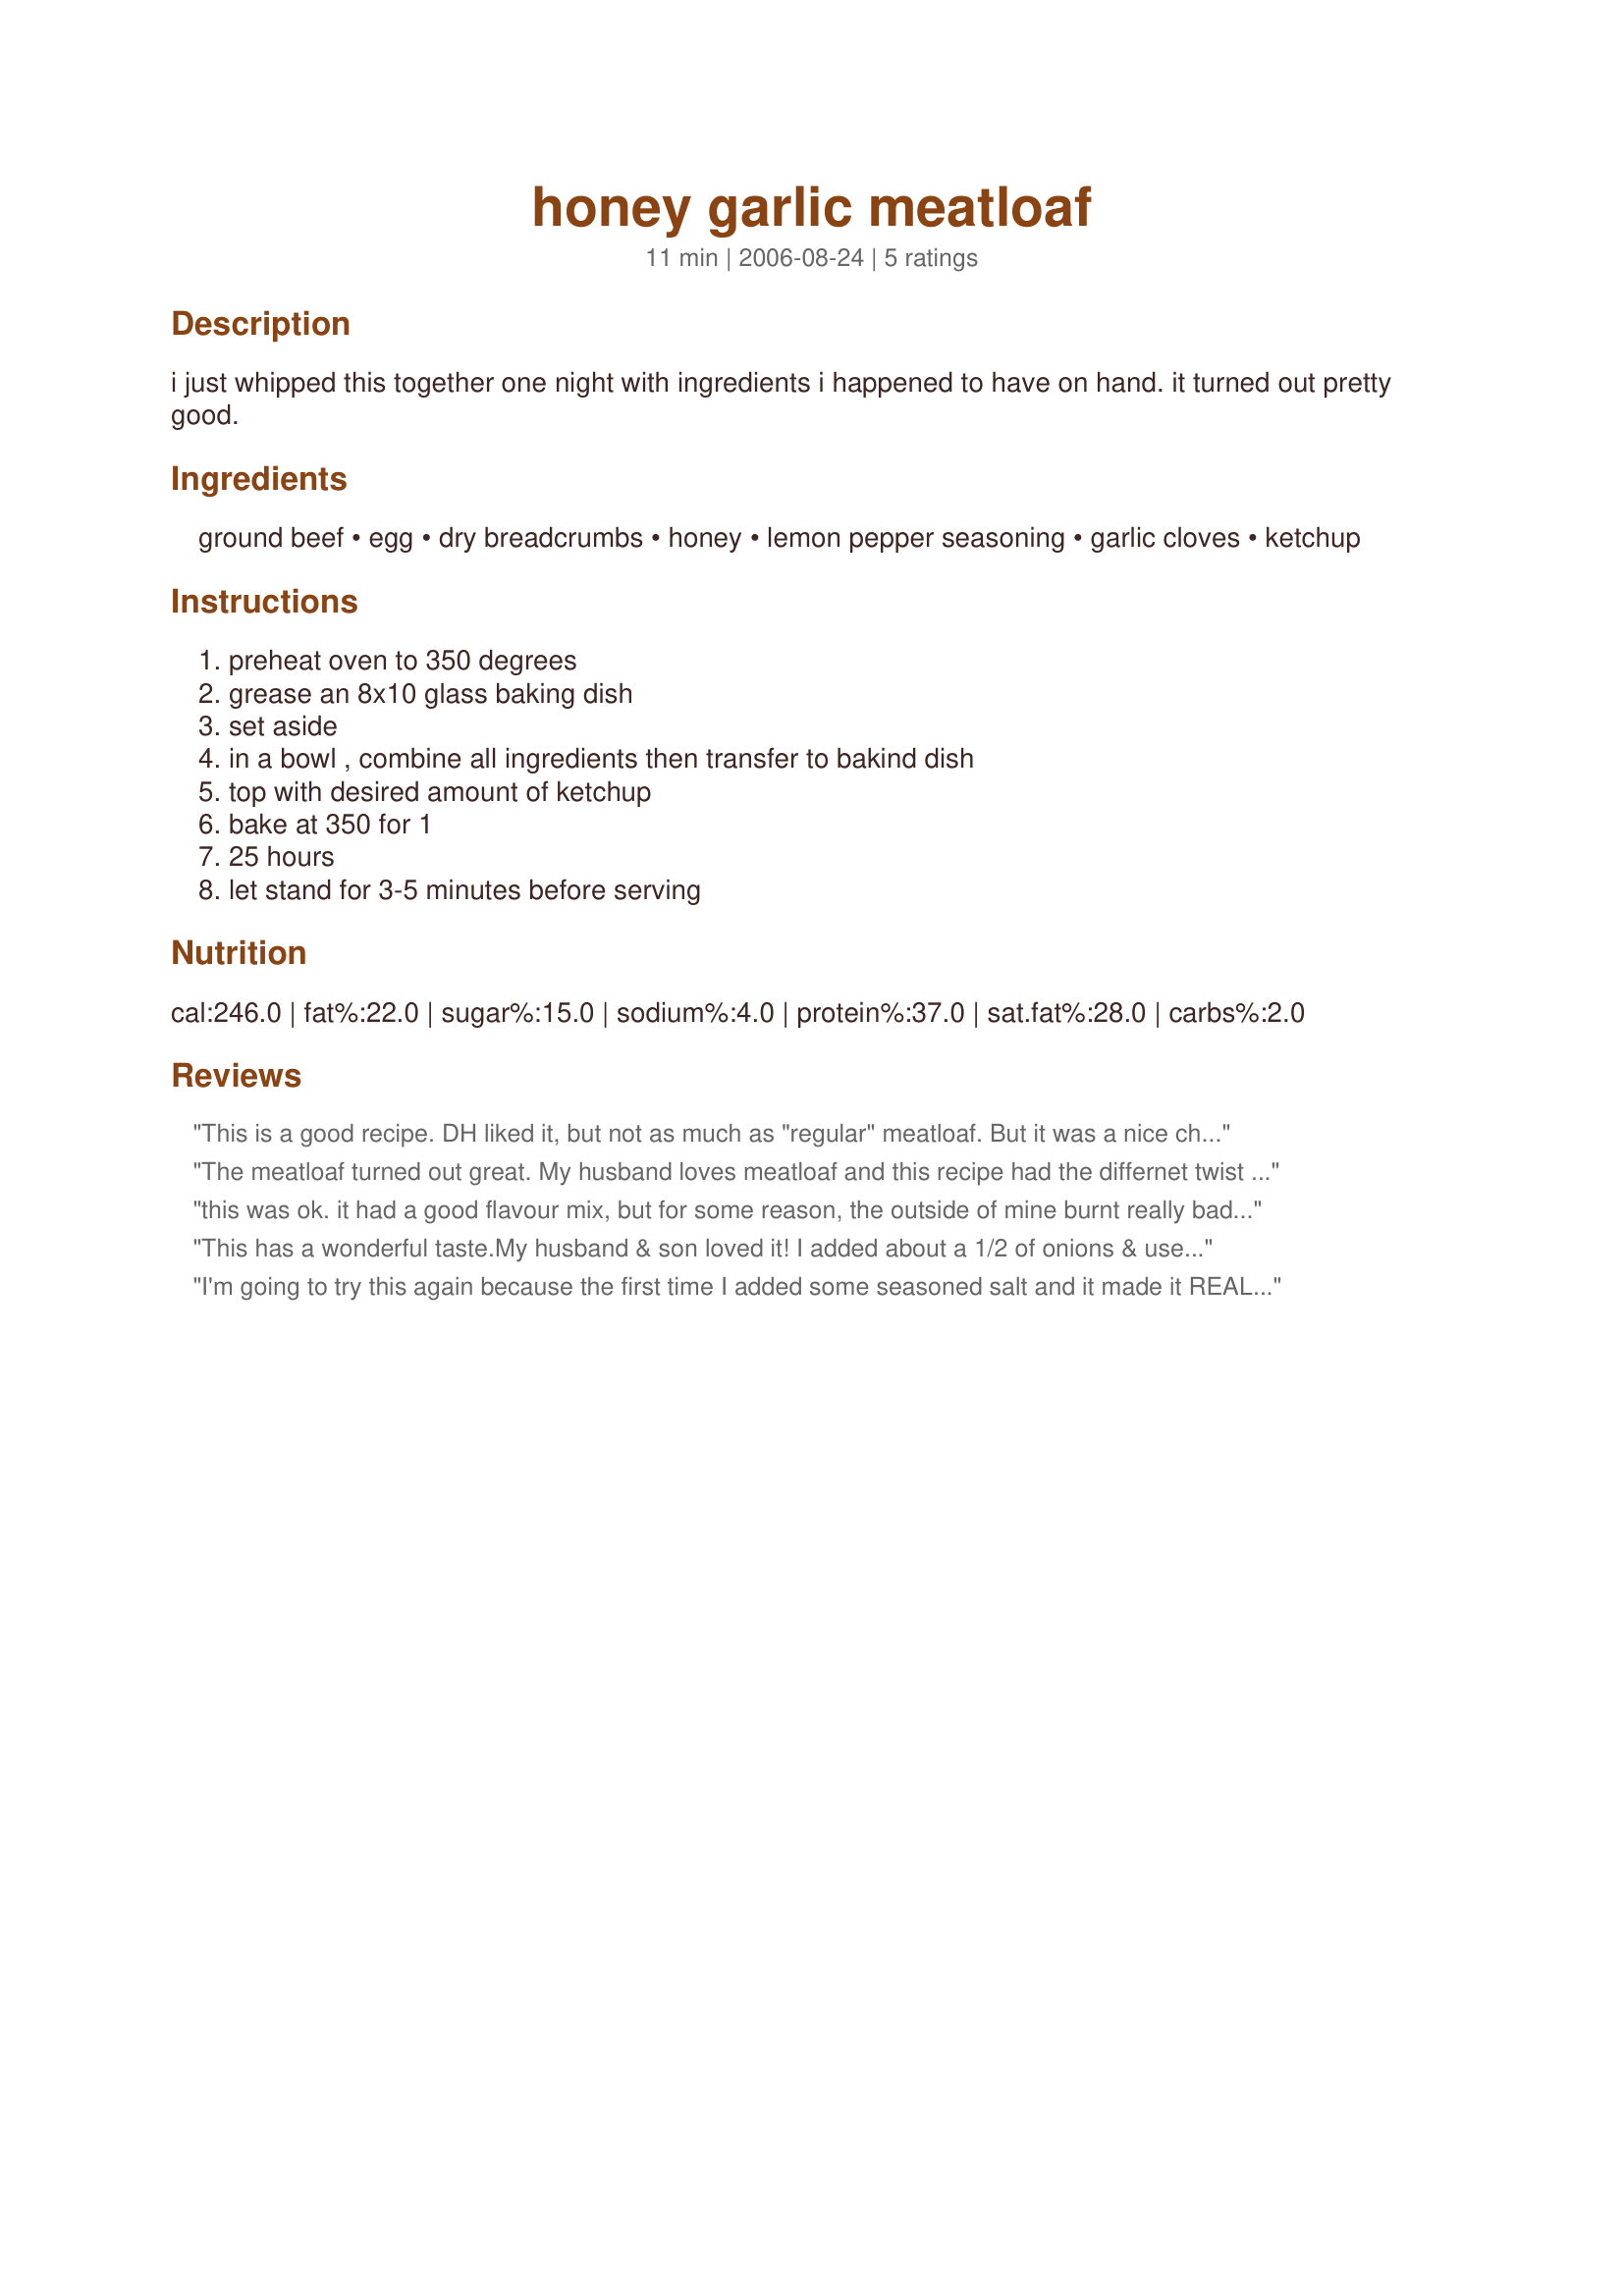
honey garlic meatloaf
Preparation time: 11 minutes

i just whipped this together one night with ingredients i happened to have on hand. it turned out pretty good.

Ingredients:
ground beef, egg, dry breadcrumbs, honey, lemon pepper seasoning, garlic cloves, ketchup

Steps:
preheat oven to 350 degrees, grease an 8x10 glass baking dish, set aside, in a bowl , combine all ingredients then transfer to bakind dish, top with desired amount of ketchup, bake at 350 for 1, 25 hours, let stand for 3-5 minutes before serving

Reviews:
This is a good recipe. DH liked it, but not as much as "regular" meatloaf. But it was a nice change.
The meatloaf turned out great. My husband loves meatloaf and this recipe had the differnet twist with the honey and the garlic. I served it with scalloped potatoes.
this was ok. it had a good flavour mix, but for some reason, the outside of mine burnt really bad. i even turned my oven down a little from what the recipe stated, and it was still black when i took it out. oh well, i might try this again, but im not sure. thanks, though, because it did have a nice taste.
This has a wonderful taste.My husband & son loved it!
I added about a 1/2 of onions & used McCormick brand of lemmon pepper. It was done in 50 mins, I think my oven runs hot.
Thank you Panhandle Sam
I'm going to try this again because the first time I added some seasoned salt and it made it REALLY salty. But definitely trying again because the flavor (under the saltyness!) was excellent.
